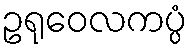
ဥရုဝေလကပ္ပံ